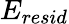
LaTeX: E_{resid}